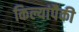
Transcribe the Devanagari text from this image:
किल्यांपैकी